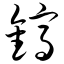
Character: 镐